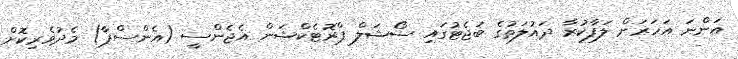
އަންނަ އަހަރަށް ލަފާކުރާ ދައުލަތުގެ ބަޖެޓުގައި ސޯޝަލް ޕްރޮޓެކްޝަން އެޖެންސީ (އެންސްޕާ) މެދުވެރިކޮށް